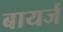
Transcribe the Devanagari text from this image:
बायर्ज